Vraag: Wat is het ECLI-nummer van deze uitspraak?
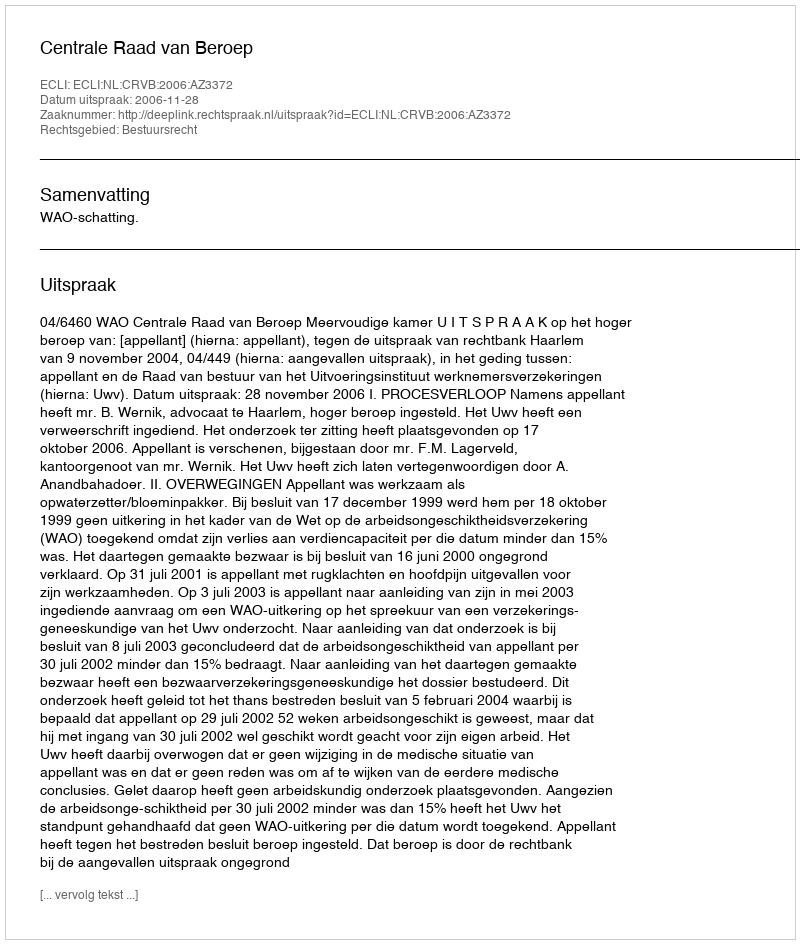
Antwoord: ECLI:NL:CRVB:2006:AZ3372